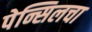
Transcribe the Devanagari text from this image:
पेन्सिलचा